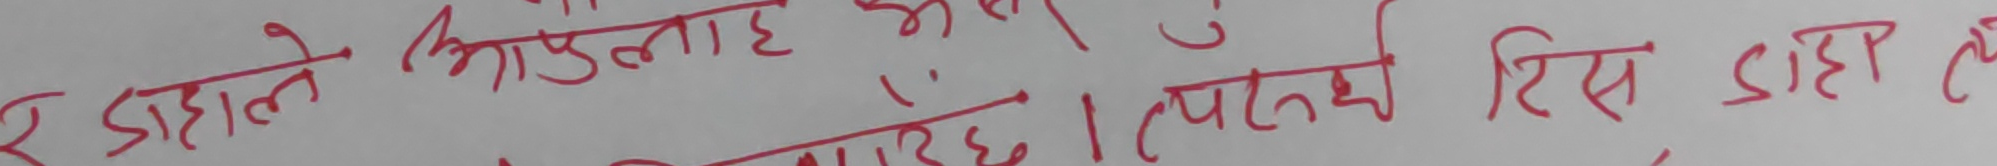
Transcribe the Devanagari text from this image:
र डाहाले आफुलाई भित्रभित्रै पाल्दैछ । त्यसैले रिस डाह ले